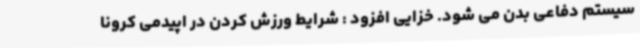
سیستم دفاعی بدن می شود. خزایی افزود : شرایط ورزش کردن در اپیدمی کرونا